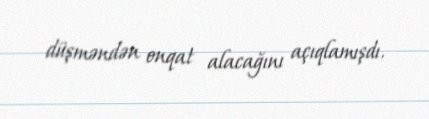
düşməndən onqat alacağını açıqlamışdı.